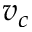
v _ { c }